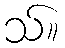
သ်။